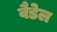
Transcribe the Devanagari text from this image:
वैडेल